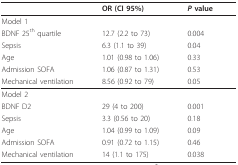
<table><thead><tr><td></td><td><b>OR (CI 95%)</b></td><td><b><i>P </i>value</b></td></tr></thead><tbody><tr><td>Model 1</td><td></td><td></td></tr><tr><td>BDNF 25<sup>th </sup>quartile</td><td>12.7 (2.2 to 73)</td><td>0.004</td></tr><tr><td>Sepsis</td><td>6.3 (1.1 to 39)</td><td>0.04</td></tr><tr><td>Age</td><td>1.01 (0.98 to 1.06)</td><td>0.33</td></tr><tr><td>Admission SOFA</td><td>1.06 (0.87 to 1.31)</td><td>0.53</td></tr><tr><td>Mechanical ventilation</td><td>8.56 (0.92 to 79)</td><td>0.05</td></tr><tr><td>Model 2</td><td></td><td></td></tr><tr><td>BDNF D2</td><td>29 (4 to 200)</td><td>0.001</td></tr><tr><td>Sepsis</td><td>3.3 (0.56 to 20)</td><td>0.18</td></tr><tr><td>Age</td><td>1.04 (0.99 to 1.09)</td><td>0.09</td></tr><tr><td>Admission SOFA</td><td>0.91 (0.72 to 1.15)</td><td>0.46</td></tr><tr><td>Mechanical ventilation</td><td>14 (1.1 to 175)</td><td>0.038</td></tr></tbody></table>